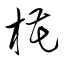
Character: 椛